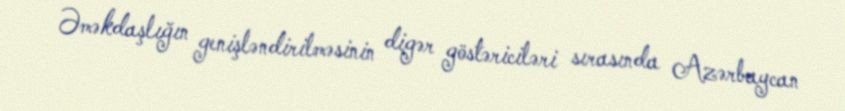
Əməkdaşlığın genişləndirilməsinin digər göstəriciləri sırasında Azərbaycan